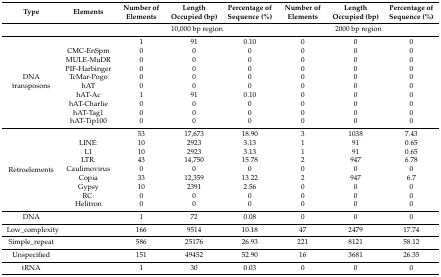
<table><thead><tr><td><b>Type</b></td><td><b>Elements</b></td><td><b>Number of Elements</b></td><td><b>Length Occupied (bp)</b></td><td><b>Percentage of Sequence (%)</b></td><td><b>Number of Elements</b></td><td><b>Length Occupied (bp)</b></td><td><b>Percentage of Sequence (%)</b></td></tr></thead><tbody><tr><td></td><td></td><td colspan="3">10,000 bp region</td><td colspan="3">2000 bp region</td></tr><tr><td rowspan="10">DNA transposons</td><td></td><td>1</td><td>91</td><td>0.10</td><td>0</td><td>0</td><td>0</td></tr><tr><td>CMC-EnSpm</td><td>0</td><td>0</td><td>0</td><td>0</td><td>0</td><td>0</td></tr><tr><td>MULE-MuDR</td><td>0</td><td>0</td><td>0</td><td>0</td><td>0</td><td>0</td></tr><tr><td>PIF-Harbinger</td><td>0</td><td>0</td><td>0</td><td>0</td><td>0</td><td>0</td></tr><tr><td>TcMar-Pogo</td><td>0</td><td>0</td><td>0</td><td>0</td><td>0</td><td>0</td></tr><tr><td>hAT</td><td>0</td><td>0</td><td>0</td><td>0</td><td>0</td><td>0</td></tr><tr><td>hAT-Ac</td><td>1</td><td>91</td><td>0.10</td><td>0</td><td>0</td><td>0</td></tr><tr><td>hAT-Charlie</td><td>0</td><td>0</td><td>0</td><td>0</td><td>0</td><td>0</td></tr><tr><td>hAT-Tag1</td><td>0</td><td>0</td><td>0</td><td>0</td><td>0</td><td>0</td></tr><tr><td>hAT-Tip100</td><td>0</td><td>0</td><td>0</td><td>0</td><td>0</td><td>0</td></tr><tr><td rowspan="9">Retroelements</td><td></td><td>53</td><td>17,673</td><td>18.90</td><td>3</td><td>1038</td><td>7.43</td></tr><tr><td>LINE:</td><td>10</td><td>2923</td><td>3.13</td><td>1</td><td>91</td><td>0.65</td></tr><tr><td>L1</td><td>10</td><td>2923</td><td>3.13</td><td>1</td><td>91</td><td>0.65</td></tr><tr><td>LTR:</td><td>43</td><td>14,750</td><td>15.78</td><td>2</td><td>947</td><td>6.78</td></tr><tr><td>Caulimovirus</td><td>0</td><td>0</td><td>0</td><td>0</td><td>0</td><td>0</td></tr><tr><td>Copia</td><td>33</td><td>12,359</td><td>13.22</td><td>2</td><td>947</td><td>6.7</td></tr><tr><td>Gypsy</td><td>10</td><td>2391</td><td>2.56</td><td>0</td><td>0</td><td>0</td></tr><tr><td>RC:</td><td>0</td><td>0</td><td>0</td><td>0</td><td>0</td><td>0</td></tr><tr><td>Helitron</td><td>0</td><td>0</td><td>0</td><td>0</td><td>0</td><td>0</td></tr><tr><td>DNA</td><td></td><td>1</td><td>72</td><td>0.08</td><td>0</td><td>0</td><td>0</td></tr><tr><td>Low_complexity</td><td></td><td>166</td><td>9514</td><td>10.18</td><td>47</td><td>2479</td><td>17.74</td></tr><tr><td>Simple_repeat</td><td></td><td>586</td><td>25176</td><td>26.93</td><td>221</td><td>8121</td><td>58.12</td></tr><tr><td>Unspecified</td><td></td><td>151</td><td>49452</td><td>52.90</td><td>16</td><td>3681</td><td>26.35</td></tr><tr><td>tRNA</td><td></td><td>1</td><td>30</td><td>0.03</td><td>0</td><td>0</td><td>0</td></tr></tbody></table>